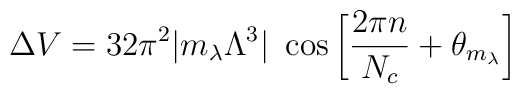
\Delta V = 32 \pi^2 |m_\lambda \Lambda^3|~ \cos \left[ {2 \pi n \over N_c} +\theta_{m_\lambda} \right]